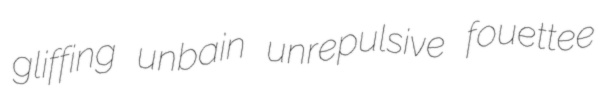
gliffing unbain unrepulsive fouettee